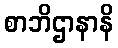
စာဘိဌာနာနိ